Report of the Indian Hemp Drugs Commission, 1894-1895 - Volume VII
Year: 1894
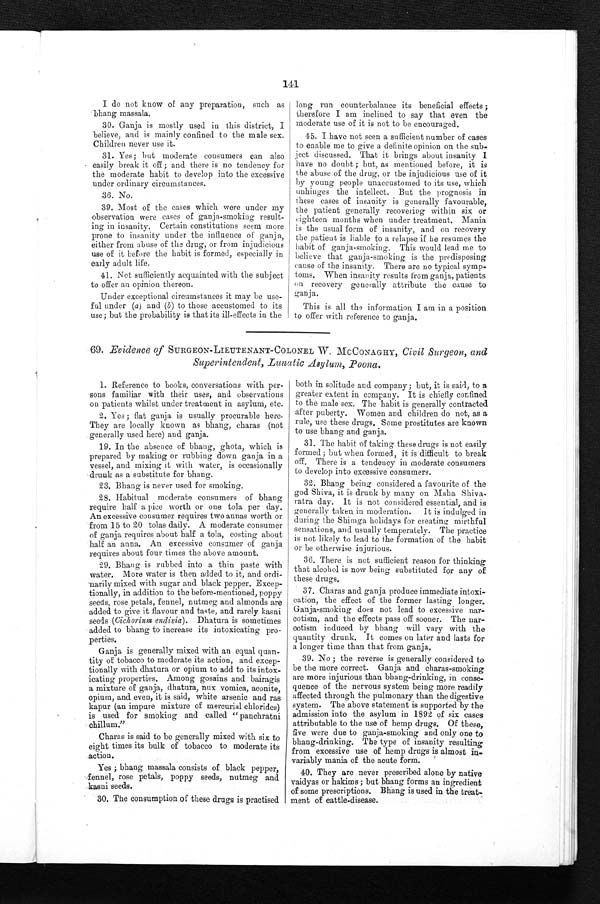
141
I do not know of any preparation, such as
bhang massala.
30. Ganja is mostly used in this district, I
believe, and is mainly confined to the male sex.
Children never use it.
31. Yes; but moderate consumers can also
easily break it off ; and there is no tendency for
the moderate habit to develop into the excessive
under ordinary circumstances.
36. No.
39. Most of the cases which were under my
observation were cases of ganja-smoking result-
i n g i n i n s a n i t y . C e r t a i n c o n s t i t u t i o n s s e e m s m o r e
prone to insanity under the influence of ganja,
either from abuse of the drug, or from injudicious
use of it before the habit is formed, especially in
early adult life.
41. Not sufficiently acquainted with the subject
to offer an opinion thereon.
Under exceptional circumstances it may be use-
ful under (a ) and (b) to those accustomed to its
use; but the probability is that its ill-effects in the
long run counterbalance its beneficial effects;
therefore I am inclined to say that even the
moderate use of it is not to be encouraged.
45. I have not seen a sufficient number of cases
to enable me to give a definite opinion on the sub-
ject discussed. That it brings about insanity I
have no doubt ; but, as mentioned before, it is
the abuse of the drug, or the injudicious use of it
by young people unaccustomed to its use, which
unhinges the intellect. But the prognosis in
these cases of insanity is generally favourable,
the patient generally recovering within six or
eighteen months when under treatment. Mania
is the usual form of insanity, and on recovery
the patient is liable to a relapse if he resumes the
habit of ganja-smoking. This would lead me to
believe that ganja-smoking is the predisposing,
cause of the insanity. There are no typical symp-
toms. When insanity results from ganja, patients
on recovery generally attribute the cause to
ganja.
This is all the information I am in a position
to offer with reference to ganja.
69. Evidence of SURGEON-LIEUTENANT-COLONEL W. MCCONAGHY, Civil Surgeon, and
Superintendent, Lunatic Asylum, Poona.
1. Reference to books, conversations with per
- s o n s f a m i l i a r w i t h t h e i r u s e s , a n d o b s e r v a t i o n s
on patients whilst under treatment in asylum, etc.
2. Yes ; flat ganja, is usually procurable here.
They are locally known as bhang, charas (not
generally used here) and ganja.
19. In the absence of bhang, ghota, which is
prepared by making or rubbing down ganja in a
vessel, and mixing it with water, is occasionally
drunk as a substitute for bhang.
23. Bhang is never used for smoking.
28. Habitual moderate consumers of bhang
require half a pice worth or one tola per day.
An excessive consumer requires two annas worth or
from 15 to 20 tolas daily. A moderate consumer
of ganja requires about half a tola, costing about
half an anna. An excessive consumer of ganja
requires about four times the above amount.
29. Bhang is rubbed into a thin paste with
water. More water is then added to it, and ordi
-
narily mixed with sugar and black pepper. Excep
-
tionally, in addition to the before-mentioned, poppy
seeds, rose petals, fennel, nutmeg and almonds are
added to give it flavour and taste, and rarely kasni
seeds ( Cichorium endivia ) . Dhatura is sometimes
added to bhang to increase its intoxicating pro
-perties.
Ganja is generally mixed with an equal quan
-
tity of tobacco to moderate its action, and excep
-
tionally with dhatura or opium to add to its intox
-
icating properties. Among gosains and bairagis
a mixture of ganja, dhatura, nux vomica, aconite,
opium, and even, it is said, white arsenic and ras
kapur (an impure mixture of mercurial chlorides)
is used for smoking and called "panchratni
chillum."
Charas is said to be generally mixed with six to
eight times its bulk of tobacco to moderate its
action.
Yes ; bhang massala consists of black pepper,
fennel, rose petals, poppy seeds, nutmeg and
kasni seeds.
30. The consumption of these drugs is practised
both in solitude and company ; but, it is said, to a
greater extent in company. It is chiefly confined
to the male sex. The habit is generally contracted
after puberty. Women and children do not, as a
rule, use these drugs. Some prostitutes are known
to use bhang and ganja.
31. The habit of taking these drugs is not easily
formed ; but when formed, it is difficult to break
off. There is a tendency in moderate consumers
to develop into excessive consumers.
32. Bhang being considered a favourite of the
god Shiva, it is drunk by many on Maha Shiva
-ratra day. It is not considered essential, and is
generally taken in moderation. It is indulged in
during the Shimga holidays for creating mirthful
sensations, and usually temperately. The practice
is not likely to lead to the formation of the habit
or be otherwise injurious.
36. There is not sufficient reason for thinking
that alcohol is now being substituted for any of
these drugs.
37. Charas and ganja produce immediate intoxi-
cation, the effect of the former lasting longer.
Ganja-smoking does not lead to excessive nar
-
cotism, and the effects pass off sooner. The nar
-
cotism induced by bhang will vary with the
quantity drunk. It comes on later and lasts for
a l o n g e r t i m e t h a n t h a t f r o m g a n g a .
39. No; the reverse is generally considered to
be the more correct. Ganja and charas-smoking
are more injurious than bhang-drinking, in conse
-
quence of the nervous system being more readily
affected through the pulmonary than the digestive
system. The above statement is supported by the
admission into the asylum in 1892 of six cases
attributable to the use of hemp drugs. Of these,
five were due to ganja-smoking and only one to
bhang-drinking. The type of insanity resulting
from excessive use of hemp drugs is almost
i n -
variably mania of the acute form.
40. They are never prescribed alone by native
vaidyas or hakims ; but bhang forms an ingredient
of some prescriptions. Bhang is used in the treat
-
ment of cattle-disease.